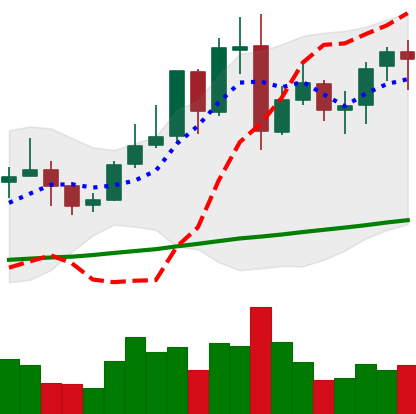
Ticker: LINK-USD
Chart end date: 2021-11-03
Forward return: 7.773%
Label: up_7plus